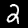
Digit: 2